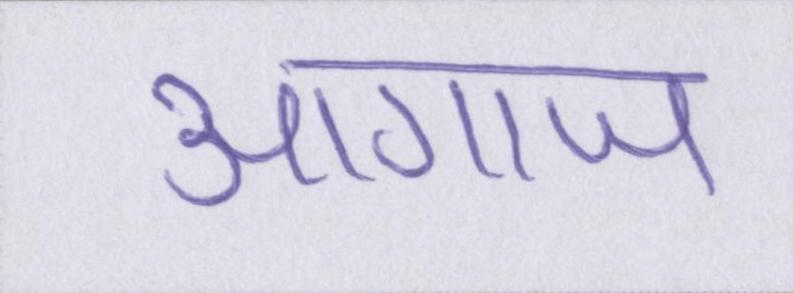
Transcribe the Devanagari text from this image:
आगाज